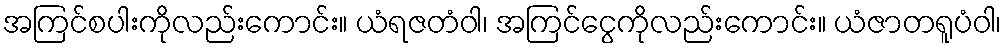
အကြင်စပါးကိုလည်းကောင်း။ ယံရဇတံဝါ၊ အကြင်ငွေကိုလည်းကောင်း။ ယံဇာတရူပံဝါ၊